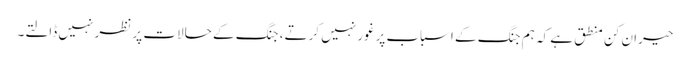
حیران کن منطق ہے کہ ہم جنگ کے اسباب پرغور نہیں کرتے، جنگ کے حالات پر نظر نہیں ڈالتے۔